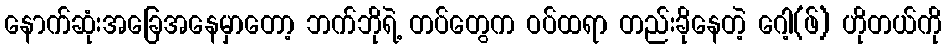
နောက်ဆုံးအခြေအနေမှာတော့ ဘက်ဘိုရဲ့ တပ်တွေက ဝပ်ထရာ တည်းခိုနေတဲ့ ဂေါ့(ဖ်) ဟိုတယ်ကို